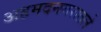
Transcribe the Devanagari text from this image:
अहमदनगरातले